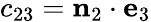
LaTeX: c_{23}=\mathbf{n}_{2}\cdot\mathbf{e}_{3}